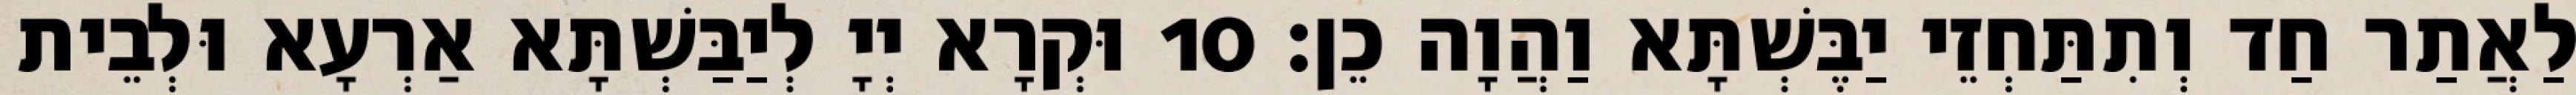
לַאֲתַר חַד וְתִתַּחְזֵי יַבֶּשְׁתָּא וַהֲוָה כֵן׃ 10 וּקְרָא יְיָ לְיַבַּשְׁתָּא אַרְעָא וּלְבֵית